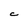
Character: C